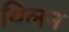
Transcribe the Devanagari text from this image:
यिलन